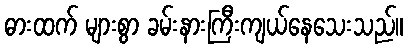
ဓားထက် များစွာ ခမ်းနားကြီးကျယ်နေသေးသည်။